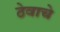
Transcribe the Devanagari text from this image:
ठेवाचे